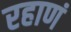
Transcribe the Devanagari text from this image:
रहाणं